Vaccination in Bombay 1902-1912 - 1902-1912
Year: 1902
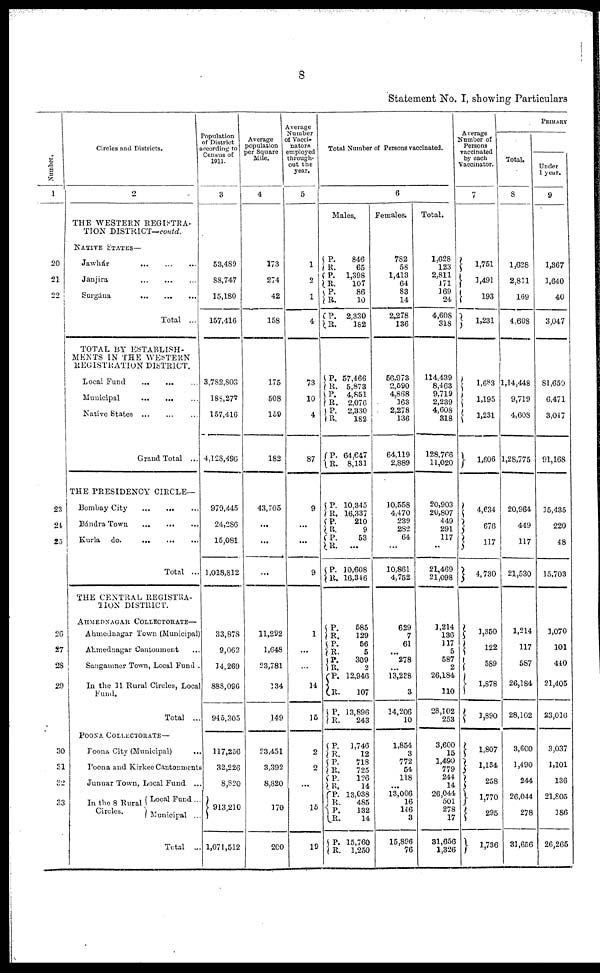
8
Statement No. I, showing Particulars
Number.
1
20
21
22
23
24
25
26
27
28
29
30
31
32
33
Circles and Districts.
2
THE WESTERN REGISTRA-
TION DISTRICT—contd.
NATIVE STATES—
Jawhár
...
...
...
Janjira
...
...
...
Surgána
...
...
...
Total ...
TOTAL BY ESTABLISH-
MENTS IN THE WESTERN
REGISTRATION DISTRICT.
Local Fund
...
...
...
Municipal ... ... ...
Native States
...
...
...
Grand Total ...
THE PRESIDENCY CIRCLE—
Bombay City ... ... ...
Bándra Town
...
...
...
Kurla do.
...
...
...
Total ...
THE CENTRAL REGISTRA-
TION DISTRICT.
AHMEDNAGAR COLLECTORATE—
Ahmednagar Town (Municipal)
Ahmednagar Cantonment ...
Sangamner Town, Local Fund .
In the 11 Rural Circles, Local
Fund.
Total ...
POONA COLLECTORATE—
Poona City (Municipal) ...
Poona and Kirkee Cantonments
Junnar Town, Local Fund ...
In the 8 Rural
Circles.
Local Fund ...
Municipal ...
Total ...
Population
of District
according to
Census of
1911.
3
53,489
88,747
15,180
157,416
3,782,803
188,277
157,416
4,128,496
979,445
24,286
15,081
1,018,812
33,878
9,062
14,269
888,096
945,305
117,256
32,226
8,820
913,210
1,071,512
Average
population
per Square
Mile.
4
173
274
42
158
175
508
159
182
43,705
...
...
...
11,292
1,648
23,781
134
149
23,451
3,392
8,820
170
200
Average
Number
of Vacci¬
nators
employed
through-
out the
year.
5
1
2
1
4
73
10
4
87
9
...
...
9
1
...
...
14
15
2
2
...
15
19
Total Number of Persons vaccinated.
6
Males.
P.
R. P.
R.
P.
R.
P.
R.
846
65
1,398
107
86
10
2,330
182
P.
R. P.
R. P.
R.
P.
R.
57,466
5,873
4,851
2,076
2,330
182
64,647
8,131
P.
R.
P.
R.
P.
R.
P.
R.
10,345
16,337
210
9
53
...
10,608
16,346
P. R.
P.
R.
P.
R.
P.
R.
P.
R.
585
129
56
5
309
2
12,946
107
13,896
243
P.
R.
P.
R.
P.
R.
P.
R.
P.
R.
P.
R.
1,746
12
718
725
126
14
13,038
485
132
14
15,760
1,250
Females.
782
58
1,413
64
83
14
2,278
136
56,973
2,590
4,868
163
2,278
136
64,119
2,889
10,558
4,470
239
282
64
...
10,861
4,752
629
7
61
...
278
...
13,238
3
14,206
10
1,854
3
772
54
118
...
13,006
16
146
3
15,896
76
Total.
1,628
123
2,811
171
169
24
4,608
318
114,439
8,463
9,719
2,239
4,608
318
128,766
11,020
20,903
20,807
449
291
117
...
21,469
21,098
1,214
136
117
5
587
2
26,184
110
28,102
253
3,600
15
1,490
779
244
14
26,044
501
278
17
31,656
1,326
Average
Number of
Persons
vaccinated
by each
Vaccinator.
7
1,751
1,491
193
1,231
1,683
1,195
1,231
1,606
4,634
676
117
4,730
1,350
122
589
1,878
1,890
1,807
1,134
258
1,770
295
1,736
PRIMARY
Total.
8
1,628
2,811
169
4,608
1,14,448
9,719
4,608
1,28,775
20,964
449
117
21,530
1,214
117
587
26,184
28,102
3,600
1,490
244
26,044
278
31,656
Under
1 year.
9
1,367
1,640
40
3,047
81,650
6,471
3,047
91,168
15,435
220
48
15,703
1,070
101
440
21,405
23,016
3,037
1,101
136
21,805
186
26,265